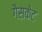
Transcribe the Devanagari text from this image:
गैसकेट